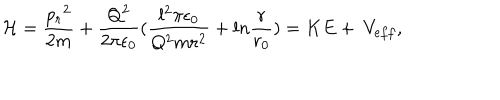
{ \cal H } = { \frac { { p _ { r } } ^ { 2 } } { 2 m } } + { \frac { Q ^ { 2 } } { 2 \pi \epsilon _ { 0 } } } ( { \frac { l ^ { 2 } \pi \epsilon _ { 0 } } { Q ^ { 2 } m r ^ { 2 } } } + l n { \frac { r } { r _ { 0 } } } ) = K E + ~ V _ { e f f } ,